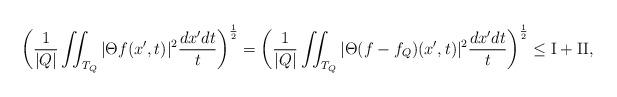
LaTeX: \begin{align*}\bigg(\frac{1}{|Q|} \iint_{T_Q} |\Theta f(x', t)|^2 \frac{dx' dt}{t}\bigg)^{\frac12} = \bigg(\frac{1}{|Q|} \iint_{T_Q} |\Theta (f-f_Q)(x', t)|^2 \frac{dx' dt}{t}\bigg)^{\frac12} \le {\rm I} + {\rm II}, \end{align*}